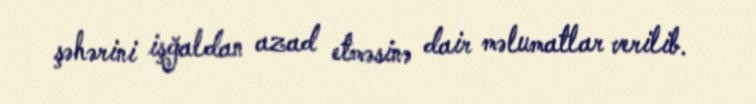
şəhərini işğaldan azad etməsinə dair məlumatlar verilib.